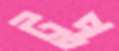
টুপ